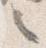
之